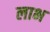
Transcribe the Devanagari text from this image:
लाभ